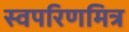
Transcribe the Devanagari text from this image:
स्वपरिणमित्र